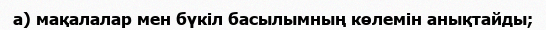
а) мақалалар мен бүкіл басылымның көлемін анықтайды;